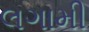
લગામી